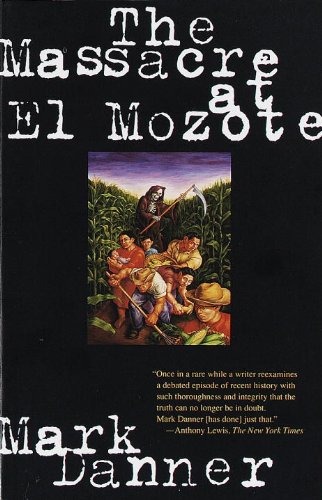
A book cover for The Massacre at El Mozote; Mark Danner; History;